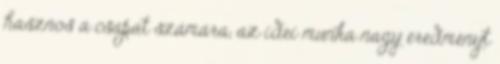
hasznos a csapat számára, az idei munka nagy eredményt